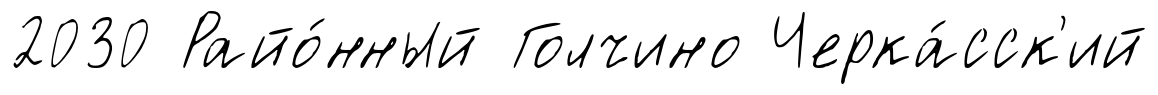
2030 Райо́нный Голчино Черка́сск'ий